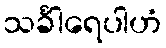
သင်္ခါရေပါဟံ